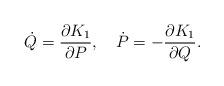
LaTeX: \begin{align*}\dot{Q}=\frac{\partial K_{1}}{\partial P},~~~\dot{P}=-\frac{\partial K_{1}}{\partial Q}.\end{align*}